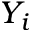
Y _ { i }